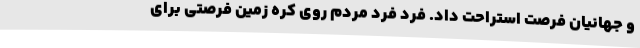
و جهانیان فرصت استراحت داد. فرد فرد مردم روی کره زمین فرصتی برای